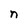
Character: n